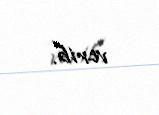
verib.